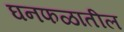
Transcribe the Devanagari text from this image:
घनफळातील